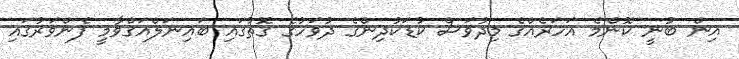
އިން ބުނީ ކޮންމެ އަހަރެއްގެ މިދުވަސް ކުޑަކުދިންގެ ދުވަހުގެ ގޮތުގައި ބައިނަލްއަގްވާމީ ފެންވަރުގައި